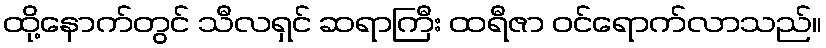
ထို့နောက်တွင် သီလရှင် ဆရာကြီး ထရီဇာ ဝင်ရောက်လာသည်။